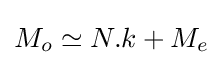
M_{o}\simeq N.k+M_{e}